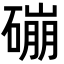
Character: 磞